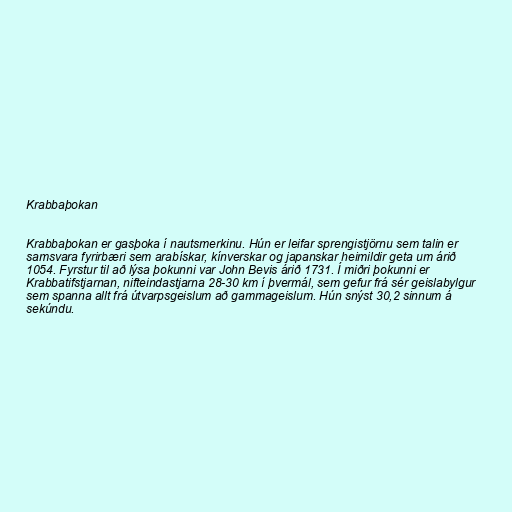
Krabbaþokan

Krabbaþokan er gasþoka í nautsmerkinu. Hún er leifar sprengistjörnu sem talin er
samsvara fyrirbæri sem arabískar, kínverskar og japanskar heimildir geta um árið
1054. Fyrstur til að lýsa þokunni var John Bevis árið 1731. Í miðri þokunni er
Krabbatifstjarnan, nifteindastjarna 28-30 km í þvermál, sem gefur frá sér geislabylgur
sem spanna allt frá útvarpsgeislum að gammageislum. Hún snýst 30,2 sinnum á
sekúndu.